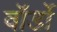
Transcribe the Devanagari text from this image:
वॉर्डो